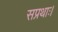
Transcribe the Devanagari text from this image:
सप्रथाः।